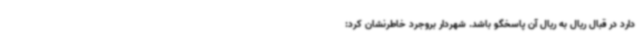
دارد در قبال ریال به ریال آن پاسخگو باشد. شهردار بروجرد خاطرنشان کرد: